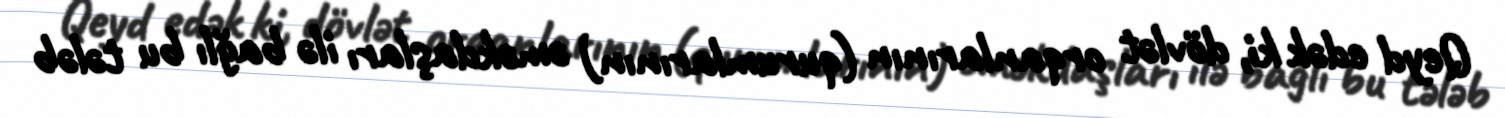
Qeyd edək ki, dövlət orqanlarının (qurumlarının) əməkdaşları ilə bağlı bu tələb